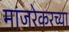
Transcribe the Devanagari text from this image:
मांजरेकरच्या